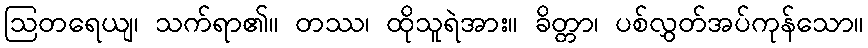
ဩတရေယျ၊ သက်ရာ၏။ တဿ၊ ထိုသူရဲအား။ ခိတ္တာ၊ ပစ်လွှတ်အပ်ကုန်သော။